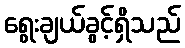
ရွေးချယ်ခွင့်ရှိသည်